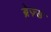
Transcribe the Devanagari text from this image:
ब्रेज़्ड